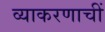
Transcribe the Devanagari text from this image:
व्याकरणाचीं